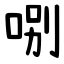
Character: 哵